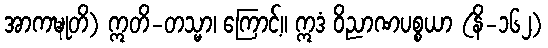
အာကဍ္ဎုတိ) ဣတိ-တသ္မာ၊ ကြောင့်။ ဣဒံ ဝိညာဏပစ္စယာ (နိ-၁၆၂)